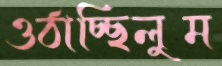
ওঠাচ্ছিলুম